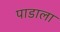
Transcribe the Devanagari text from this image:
पाडाला